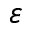
\ensuremath { \varepsilon }